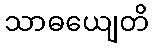
သာဓယျေတိ